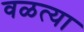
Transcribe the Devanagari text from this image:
वळत्या